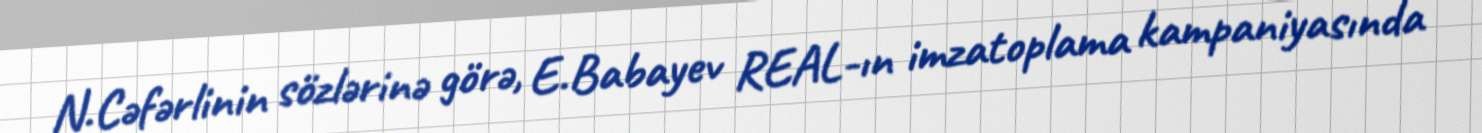
N.Cəfərlinin sözlərinə görə, E.Babayev REAL-ın imzatoplama kampaniyasında